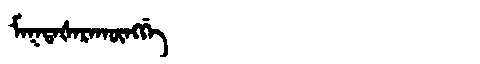
Manchu: ᠮᠠᡴᡨᠠᡧᠠᡵᠠᡴᡡᠩᡤᡝ
Romanization: MAKTAŠARAKŪNGGE